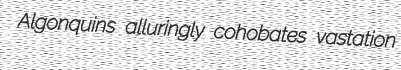
Algonquins alluringly cohobates vastation